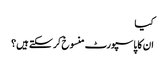
کیا
ان کا پاسپورٹ منسوخ کر سکتے ہیں؟